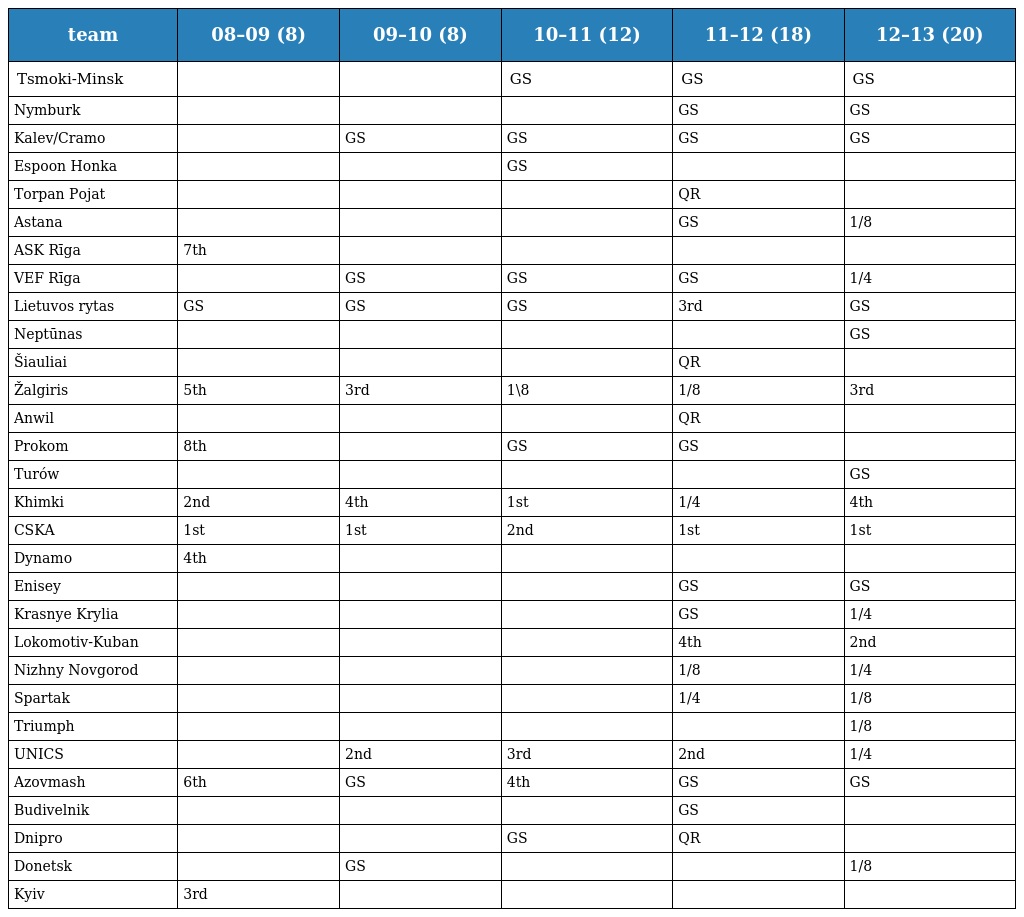
| team | 08–09 (8) | 09–10 (8) | 10–11 (12) | 11–12 (18) | 12–13 (20) |
 | --- | --- | --- | --- | --- | --- |
 | Tsmoki-Minsk |  |  | GS | GS | GS |
 | Nymburk |  |  |  | GS | GS |
 | Kalev/Cramo |  | GS | GS | GS | GS |
 | Espoon Honka |  |  | GS |  |  |
 | Torpan Pojat |  |  |  | QR |  |
 | Astana |  |  |  | GS | 1/8 |
 | ASK Rīga | 7th |  |  |  |  |
 | VEF Rīga |  | GS | GS | GS | 1/4 |
 | Lietuvos rytas | GS | GS | GS | 3rd | GS |
 | Neptūnas |  |  |  |  | GS |
 | Šiauliai |  |  |  | QR |  |
 | Žalgiris | 5th | 3rd | 1\8 | 1/8 | 3rd |
 | Anwil |  |  |  | QR |  |
 | Prokom | 8th |  | GS | GS |  |
 | Turów |  |  |  |  | GS |
 | Khimki | 2nd | 4th | 1st | 1/4 | 4th |
 | CSKA | 1st | 1st | 2nd | 1st | 1st |
 | Dynamo | 4th |  |  |  |  |
 | Enisey |  |  |  | GS | GS |
 | Krasnye Krylia |  |  |  | GS | 1/4 |
 | Lokomotiv-Kuban |  |  |  | 4th | 2nd |
 | Nizhny Novgorod |  |  |  | 1/8 | 1/4 |
 | Spartak |  |  |  | 1/4 | 1/8 |
 | Triumph |  |  |  |  | 1/8 |
 | UNICS |  | 2nd | 3rd | 2nd | 1/4 |
 | Azovmash | 6th | GS | 4th | GS | GS |
 | Budivelnik |  |  |  | GS |  |
 | Dnipro |  |  | GS | QR |  |
 | Donetsk |  | GS |  |  | 1/8 |
 | Kyiv | 3rd |  |  |  |  |